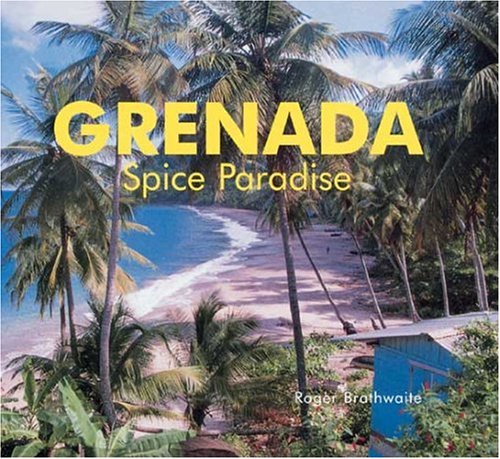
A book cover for Grenada: Spice Paradise; Roger Brathwaite; Travel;